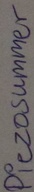
Text: Piezosummer